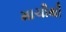
માચીથી